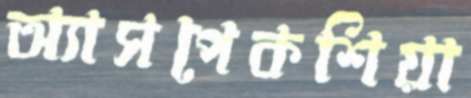
অ্যাসপেকশিয়া